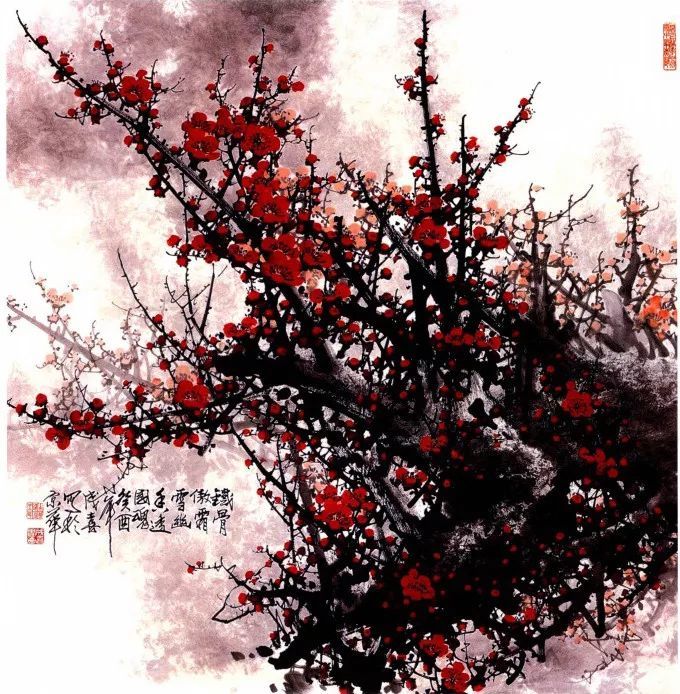
秋冬雪月，千里一色